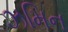
ઝમિન